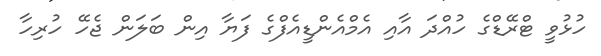
ހުޅުވީ ޓްރޭޑްގެ ހުއްދަ އާއި އެމްއެންޑީއެފްގެ ފަޔާ އިން ބަލަން ޖެހޭ ހުރިހާ